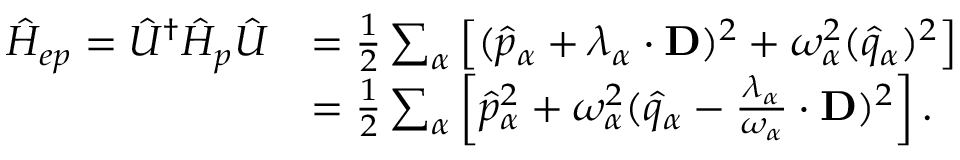
\begin{array} { r l } { \hat { H } _ { e p } = \hat { U } ^ { \dag } \hat { H } _ { p } \hat { U } } & { = \frac { 1 } { 2 } \sum _ { \alpha } \left[ ( \hat { p } _ { \alpha } + \boldsymbol { \lambda } _ { \alpha } \cdot \mathbf { D } ) ^ { 2 } + \omega _ { \alpha } ^ { 2 } ( \hat { q } _ { \alpha } ) ^ { 2 } \right] } \\ & { = \frac { 1 } { 2 } \sum _ { \alpha } \left[ \hat { p } _ { \alpha } ^ { 2 } + \omega _ { \alpha } ^ { 2 } ( \hat { q } _ { \alpha } - \frac { \boldsymbol { \lambda } _ { \alpha } } { \omega _ { \alpha } } \cdot \mathbf { D } ) ^ { 2 } \right] . } \end{array}